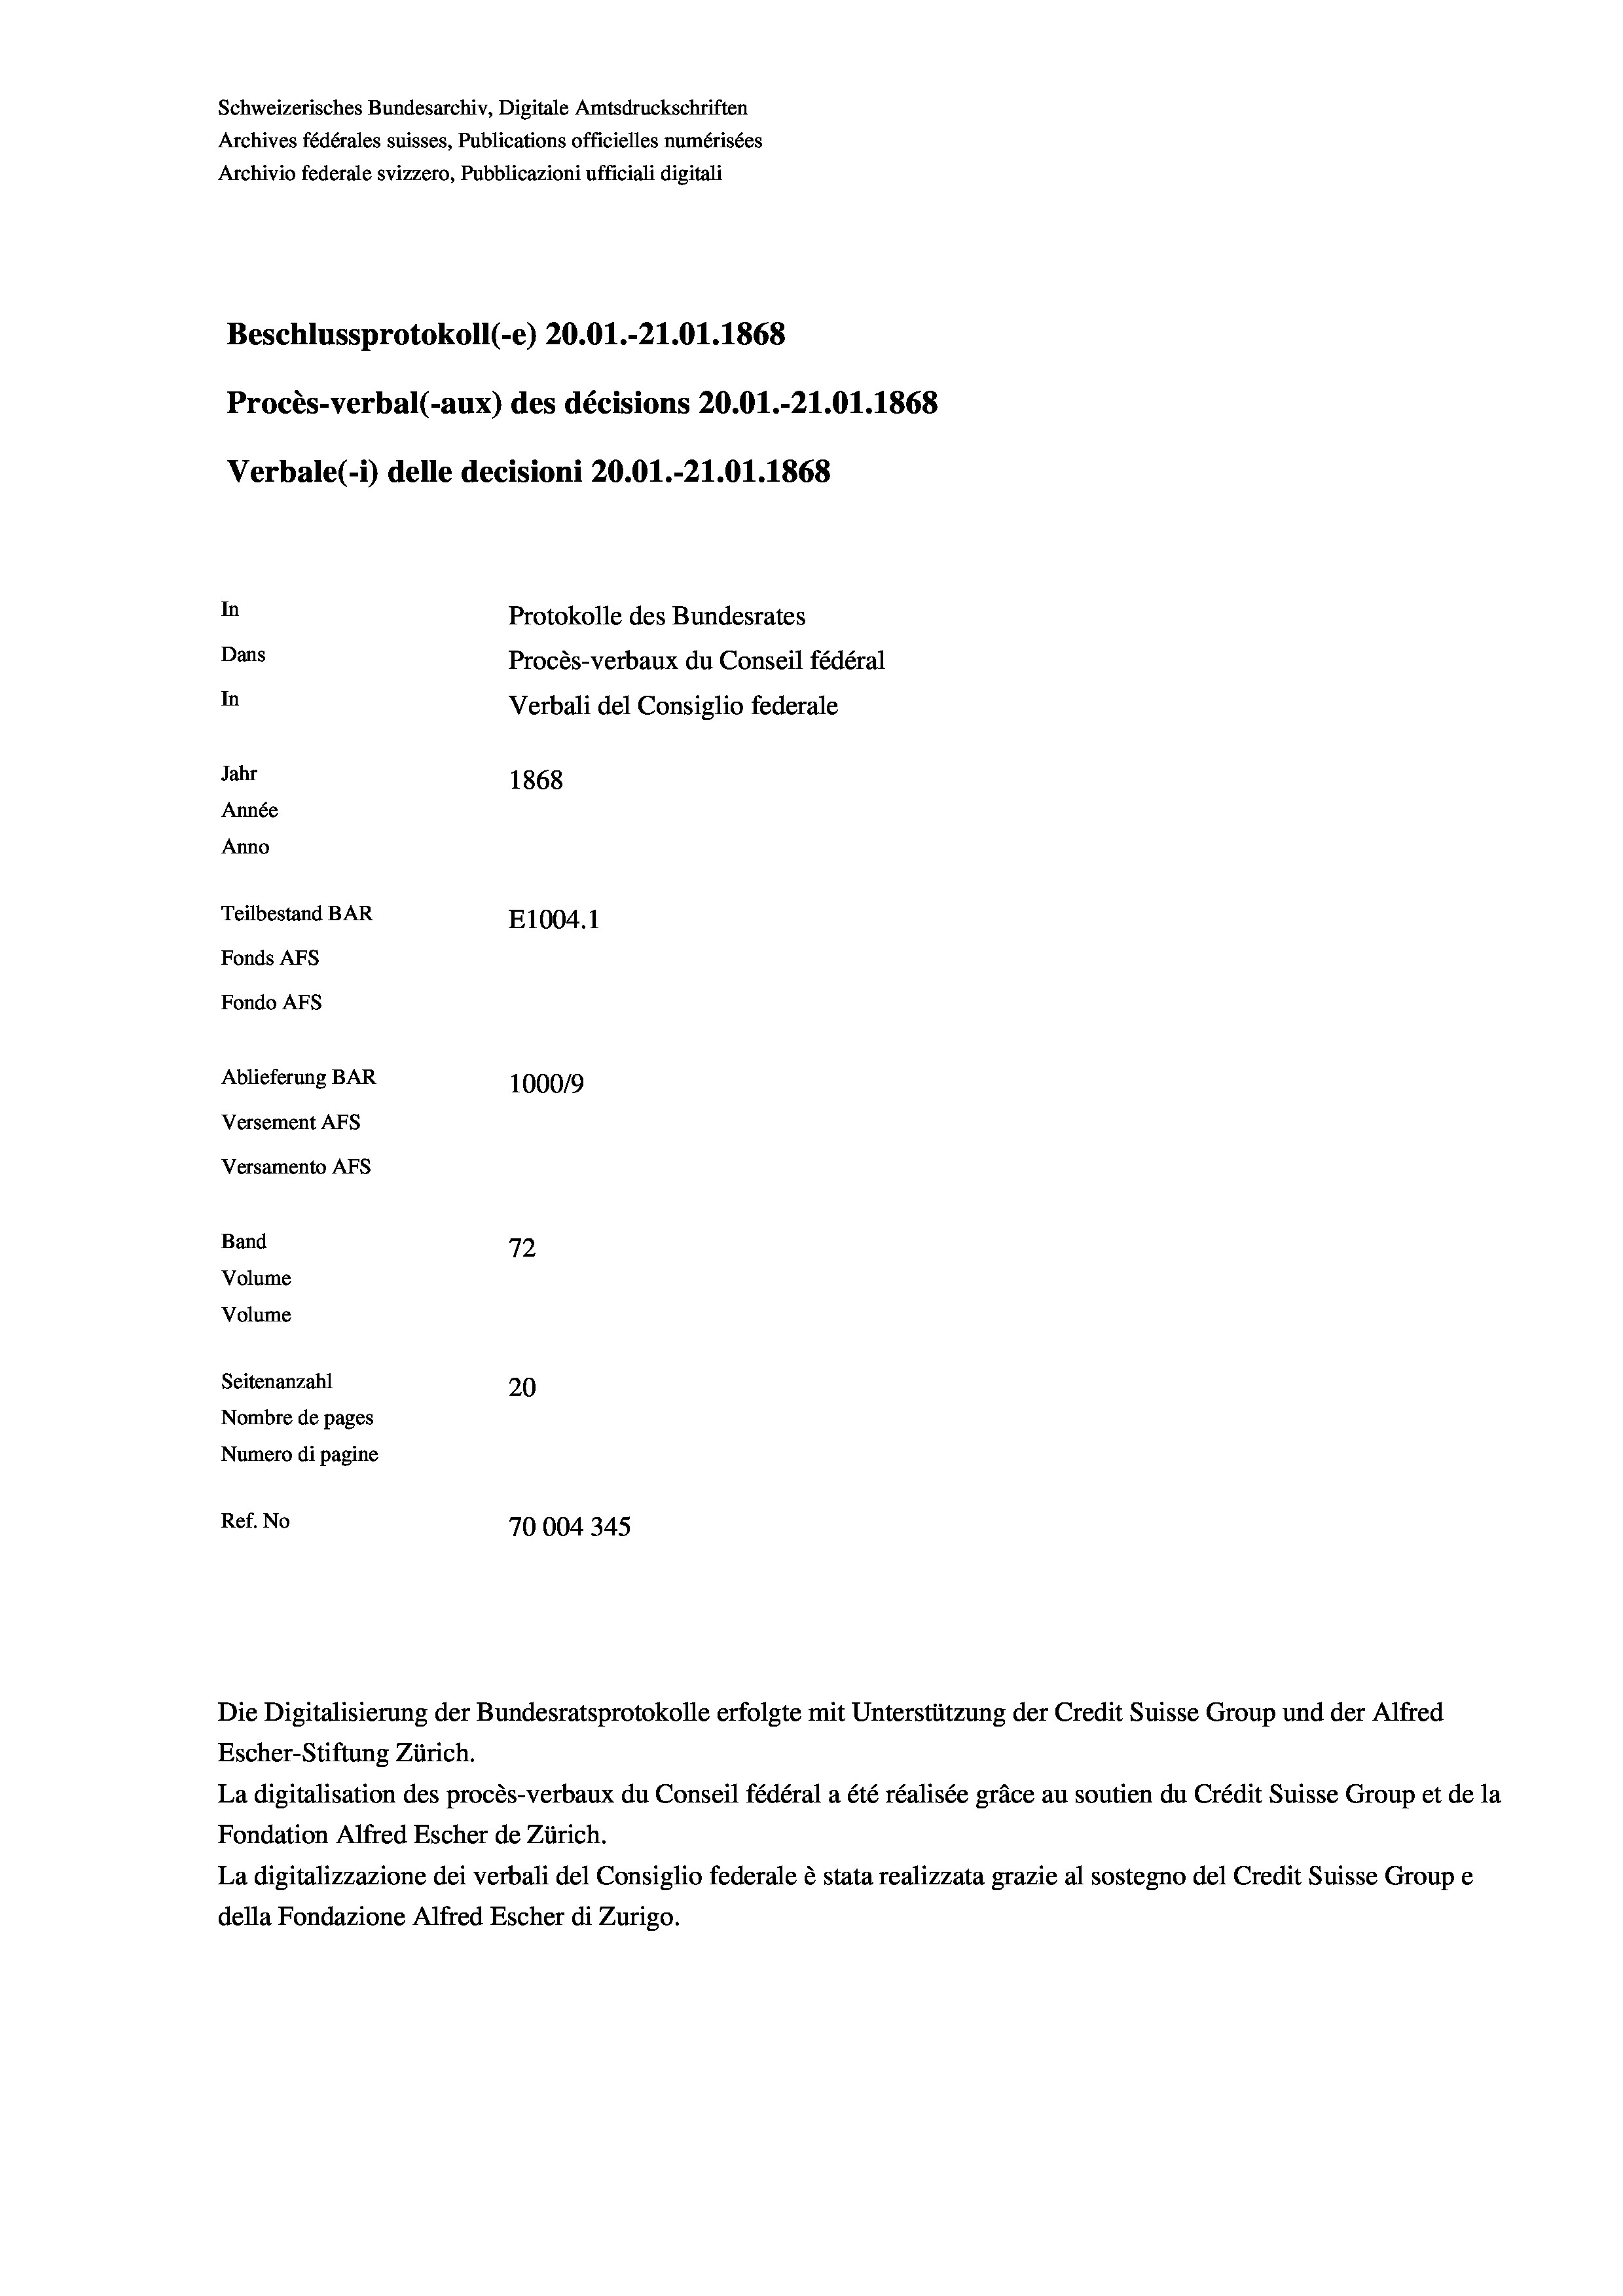
Schweizerisches Bundesarchiv, Digitale Amtsdruckschriften
Archives fédérales suisses, Publications officielles numérisées
Archivio federale svizzero, Pubblicazioni ufficiali digitali
Beschlussprotokoll (-e) 20.01.-21.01. 1868
Procès-verbal (-aux) des décisions 20.01.-21.01. 1868
Verbale (1) delle decisioni 20.01.-21.01. 1868
In
Protokolle des Bundesrates
Dans
Procès-verbaux du Conseil fédéral
In
Verbali del Consiglio federale
Jahr
1868
Année
Anno
Teilbestand BAR
E1004. 1
Fonds AFs
Fondo Afs
Ablieferung BAR
100019
Versement AFs
Versamento AFs
7.
Band
12
Volume
Volume
Seitenanzahl
20
Nombre de pages
Numero di pagine
Ref. No
70004345

Escher-Stiftung Zürich.
La digitalisation des procès-verbaux du Conseil fédéral a été réalisée gräce au soutien du Crédit Suisse Group et de la
Fondation Alfred Escher de Zürich.
La digitalizzazione dei verbali del Consiglio federale è stata realizzata grazie al sostegno del Credit Suisse Groupe
della Fondazione Alfred Escher di Zurigo.

Die Digitalisierung der Bundesratsprotokolle erfolgte mit Unterstützung der Credit Suisse Group und der Alfred